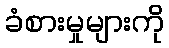
ခံစားမှုများကို